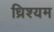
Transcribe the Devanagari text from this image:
ध्रिश्यम